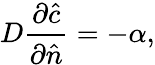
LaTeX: D\frac{\partial{\hat{c}}}{\partial{\hat{n}}}=-\alpha,